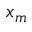
x _ { m }